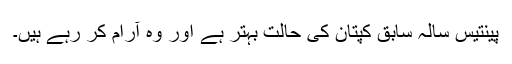
پینتیس سالہ سابق کپتان کی حالت بہتر ہے اور وہ آرام کر رہے ہیں۔